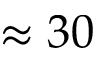
\approx 3 0